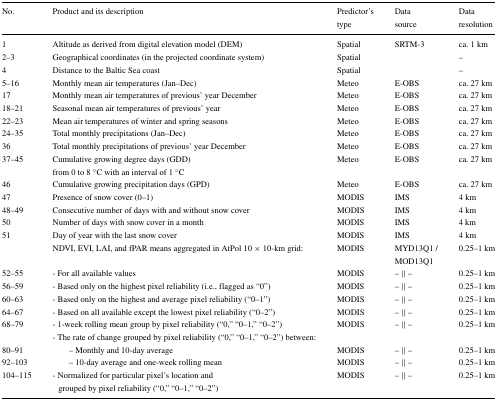
<table><thead><tr><td><b>No.</b></td><td><b>Product and its description</b></td><td><b>Predictor’s</b></td><td><b>Data</b></td><td><b>Data</b></td></tr><tr><td></td><td></td><td><b>type</b></td><td><b>source</b></td><td><b>resolution</b></td></tr></thead><tbody><tr><td>1</td><td>Altitude as derived from digital elevation model (DEM)</td><td>Spatial</td><td>SRTM-3</td><td>ca. 1 km</td></tr><tr><td>2–3</td><td>Geographical coordinates (in the projected coordinate system)</td><td>Spatial</td><td></td><td>–</td></tr><tr><td>4</td><td>Distance to the Baltic Sea coast</td><td>Spatial</td><td></td><td>–</td></tr><tr><td>5–16</td><td>Monthly mean air temperatures (Jan–Dec)</td><td>Meteo</td><td>E-OBS</td><td>ca. 27 km</td></tr><tr><td>17</td><td>Monthly mean air temperatures of previous’ year December</td><td>Meteo</td><td>E-OBS</td><td>ca. 27 km</td></tr><tr><td>18–21</td><td>Seasonal mean air temperatures of previous’ year</td><td>Meteo</td><td>E-OBS</td><td>ca. 27 km</td></tr><tr><td>22–23</td><td>Mean air temperatures of winter and spring seasons</td><td>Meteo</td><td>E-OBS</td><td>ca. 27 km</td></tr><tr><td>24–35</td><td>Total monthly precipitations (Jan–Dec)</td><td>Meteo</td><td>E-OBS</td><td>ca. 27 km</td></tr><tr><td>36</td><td>Total monthly precipitations of previous’ year December</td><td>Meteo</td><td>E-OBS</td><td>ca. 27 km</td></tr><tr><td>37–45</td><td>Cumulative growing degree days (GDD)</td><td>Meteo</td><td>E-OBS</td><td>ca. 27 km</td></tr><tr><td></td><td>from 0 to 8 <sup>∘</sup>C with an interval of 1 <sup>∘</sup>C</td><td></td><td></td><td></td></tr><tr><td>46</td><td>Cumulative growing precipitation days (GPD)</td><td>Meteo</td><td>E-OBS</td><td>ca. 27 km</td></tr><tr><td>47</td><td>Presence of snow cover (0–1)</td><td>MODIS</td><td>IMS</td><td>4 km</td></tr><tr><td>48–49</td><td>Consecutive number of days with and without snow cover</td><td>MODIS</td><td>IMS</td><td>4 km</td></tr><tr><td>50</td><td>Number of days with snow cover in a month</td><td>MODIS</td><td>IMS</td><td>4 km</td></tr><tr><td>51</td><td>Day of year with the last snow cover</td><td>MODIS</td><td>IMS</td><td>4 km</td></tr><tr><td></td><td>NDVI, EVI, LAI, and fPAR means aggregated in AtPol 10 × 10-km grid:</td><td>MODIS</td><td>MYD13Q1 /</td><td>0.25–1 km</td></tr><tr><td></td><td></td><td></td><td>MOD13Q1</td><td></td></tr><tr><td>52–55</td><td>- For all available values</td><td>MODIS</td><td>– || –</td><td>0.25–1 km</td></tr><tr><td>56–59</td><td>- Based only on the highest pixel reliability (i.e., flagged as “0”)</td><td>MODIS</td><td>– || –</td><td>0.25–1 km</td></tr><tr><td>60–63</td><td>- Based only on the highest and average pixel reliability (“0–1”)</td><td>MODIS</td><td>– || –</td><td>0.25–1 km</td></tr><tr><td>64–67</td><td>- Based on all available except the lowest pixel reliability (“0–2”)</td><td>MODIS</td><td>– || –</td><td>0.25–1 km</td></tr><tr><td>68–79</td><td>- 1-week rolling mean group by pixel reliability (“0,” “0–1,” “0–2”)</td><td>MODIS</td><td>– || –</td><td>0.25–1 km</td></tr><tr><td></td><td>- The rate of change grouped by pixel reliability (“0,” “0–1,” “0–2”) between:</td><td></td><td></td><td></td></tr><tr><td>80–91</td><td>– Monthly and 10-day average</td><td>MODIS</td><td>– || –</td><td>0.25–1 km</td></tr><tr><td>92–103</td><td>– 10-day average and one-week rolling mean</td><td>MODIS</td><td>– || –</td><td>0.25–1 km</td></tr><tr><td>104–115</td><td>- Normalized for particular pixel’s location and</td><td>MODIS</td><td>– || –</td><td>0.25–1 km</td></tr><tr><td></td><td>grouped by pixel reliability (“0,” “0–1,” “0–2”)</td><td></td><td></td><td></td></tr></tbody></table>